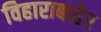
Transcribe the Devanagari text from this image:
विहाराबाहेर